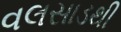
વલસાડથી